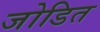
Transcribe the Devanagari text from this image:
जोडित